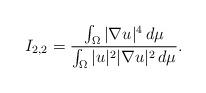
LaTeX: \begin{align*}I_{2,2}=\frac{\int_{\Omega} |\nabla u|^{4}\,d\mu}{\int_{\Omega} |u|^{2}|\nabla u|^{2} \,d\mu}.\end{align*}